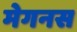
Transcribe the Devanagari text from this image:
मेगनस